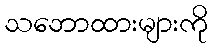
သဘောထားများကို